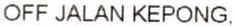
OFF JALAN KEPONG.